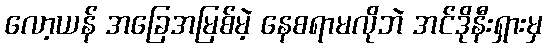
လော့ယန် အခြေအမြစ်မဲ့ နေစရာမလိုဘဲ အင်ဒိုနီးရှားမှ